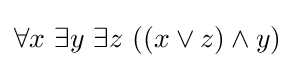
\forall x\ \exists y\ \exists z\ ((x\lor z)\land y)